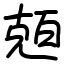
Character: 兡